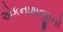
એકનાથજીનો